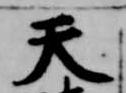
天